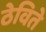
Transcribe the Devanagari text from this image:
ठेविते